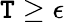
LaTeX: \mathtt{T}\geq\epsilon